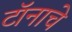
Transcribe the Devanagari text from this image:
टॉनाचे